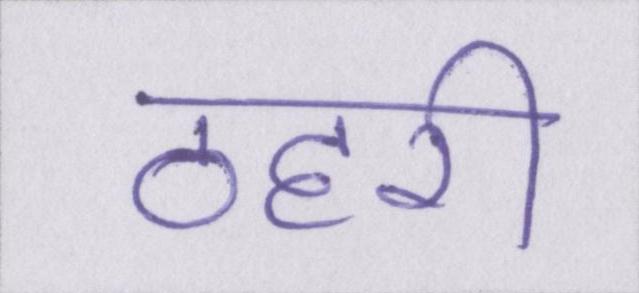
ठहरी